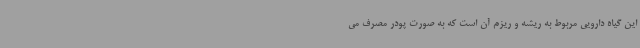
این گیاه دارویی مربوط به ریشه و ریزم آن است که به صورت پودر مصرف می